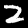
Label: 2